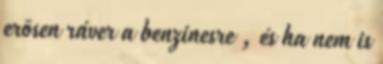
erõsen ráver a benzinesre , és ha nem is